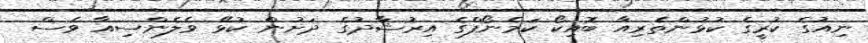
ނިއުގެ ކުރީގެ ކުޅުންތެރިއާ ބޮއިކޯ ކަމެނޯފްގެ އިރުޝާދުގެ ދަށުން ކުޅޭ ވެލެންސިއާ ވެސް